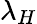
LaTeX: \lambda_{H}